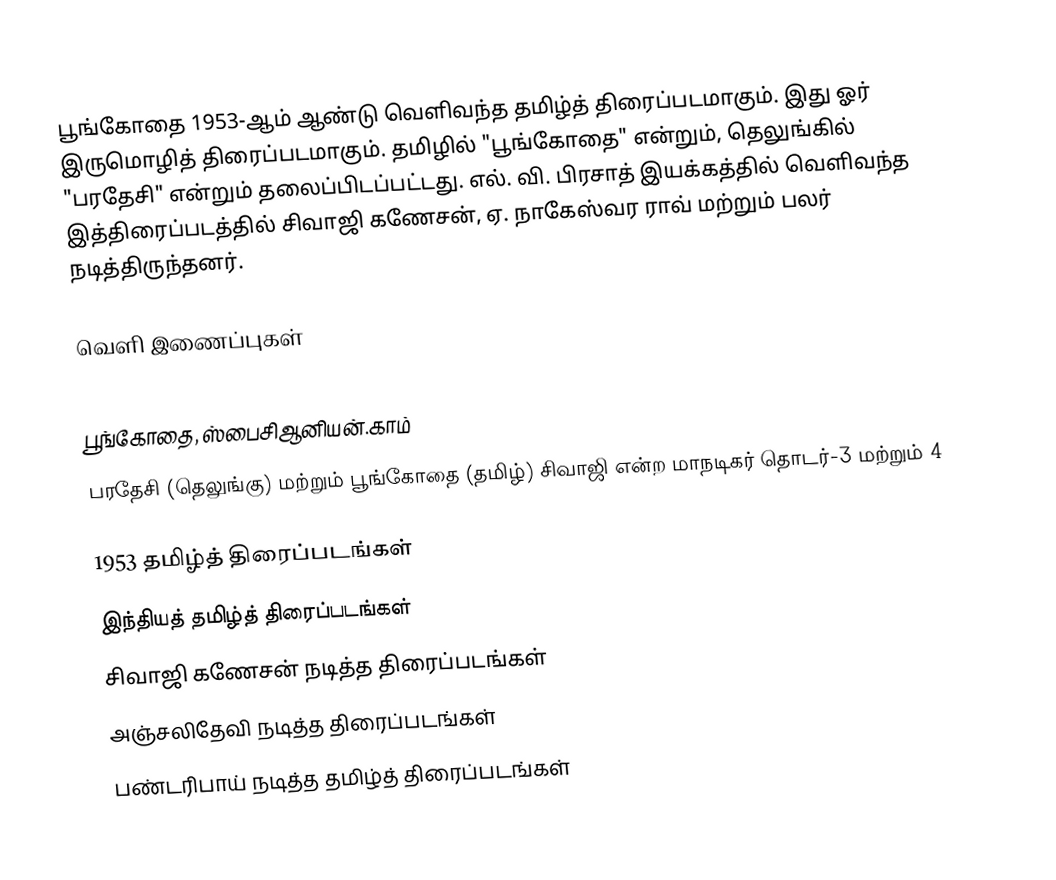
பூங்கோதை 1953-ஆம் ஆண்டு வெளிவந்த தமிழ்த் திரைப்படமாகும். இது ஓர் இருமொழித் திரைப்படமாகும். தமிழில் "பூங்கோதை" என்றும், தெலுங்கில் "பரதேசி" என்றும் தலைப்பிடப்பட்டது. எல். வி. பிரசாத் இயக்கத்தில் வெளிவந்த இத்திரைப்படத்தில் சிவாஜி கணேசன், ஏ. நாகேஸ்வர ராவ் மற்றும் பலர் நடித்திருந்தனர்.

வெளி இணைப்புகள்

 பூங்கோதை, ஸ்பைசிஆனியன்.காம்
 பரதேசி (தெலுங்கு) மற்றும் பூங்கோதை (தமிழ்) சிவாஜி என்ற மாநடிகர் தொடர்-3 மற்றும் 4

1953 தமிழ்த் திரைப்படங்கள்
இந்தியத் தமிழ்த் திரைப்படங்கள்
சிவாஜி கணேசன் நடித்த திரைப்படங்கள்
அஞ்சலிதேவி நடித்த திரைப்படங்கள்
பண்டரிபாய் நடித்த தமிழ்த் திரைப்படங்கள்